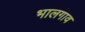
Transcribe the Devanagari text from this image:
भालगाव